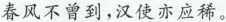
春风不曾到，汉使亦应稀。